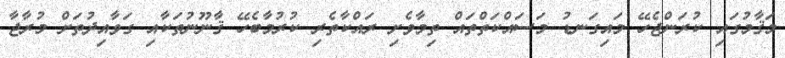
މަޤާމުގައި ކުރަންޖެހޭ މައިގަނޑު މަސައްކަތްތައް ތިމާވެށި ރައްކާތެރި ކުރުމާބެހޭ ޤާނޫނުތަކާއި ގަވާއިދުތަށް މުރާޖާ